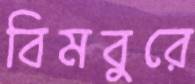
বিমবুরে